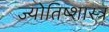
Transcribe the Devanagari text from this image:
ज्योतिष्शास्त्र